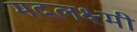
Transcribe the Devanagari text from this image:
मदलक्ष्मी